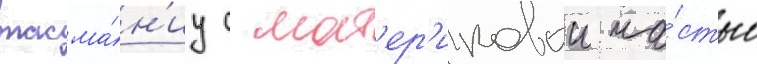
тасма́н'иу с мат'ер'иковои ча́стью